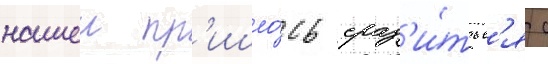
нашеи пр'ишло́сь сраз'и́тьс'я с